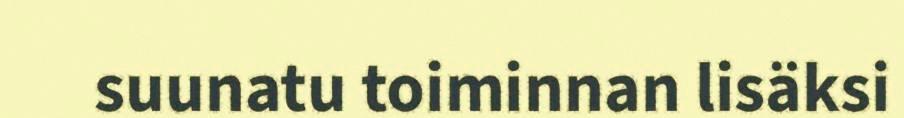
suunatu toiminnan lisäksi